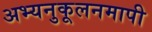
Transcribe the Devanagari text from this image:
अभ्यनुकूलनमापी